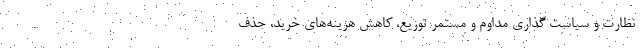
نظارت و سیاست گذاری مداوم و مستمر توزیع، کاهش هزینه‌های خرید، حذف